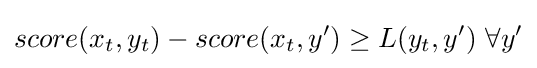
score(x_{t},y_{t})-score(x_{t},y')\geq L(y_{t},y')\ \forall y'